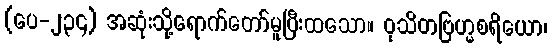
(ပေ-၂၃၄) အဆုံးသို့ရောက်တော်မူပြီးထသော။ ဝုသိတဗြဟ္မစရိယော၊